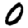
Digit: 0